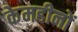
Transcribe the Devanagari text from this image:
केमहीनों